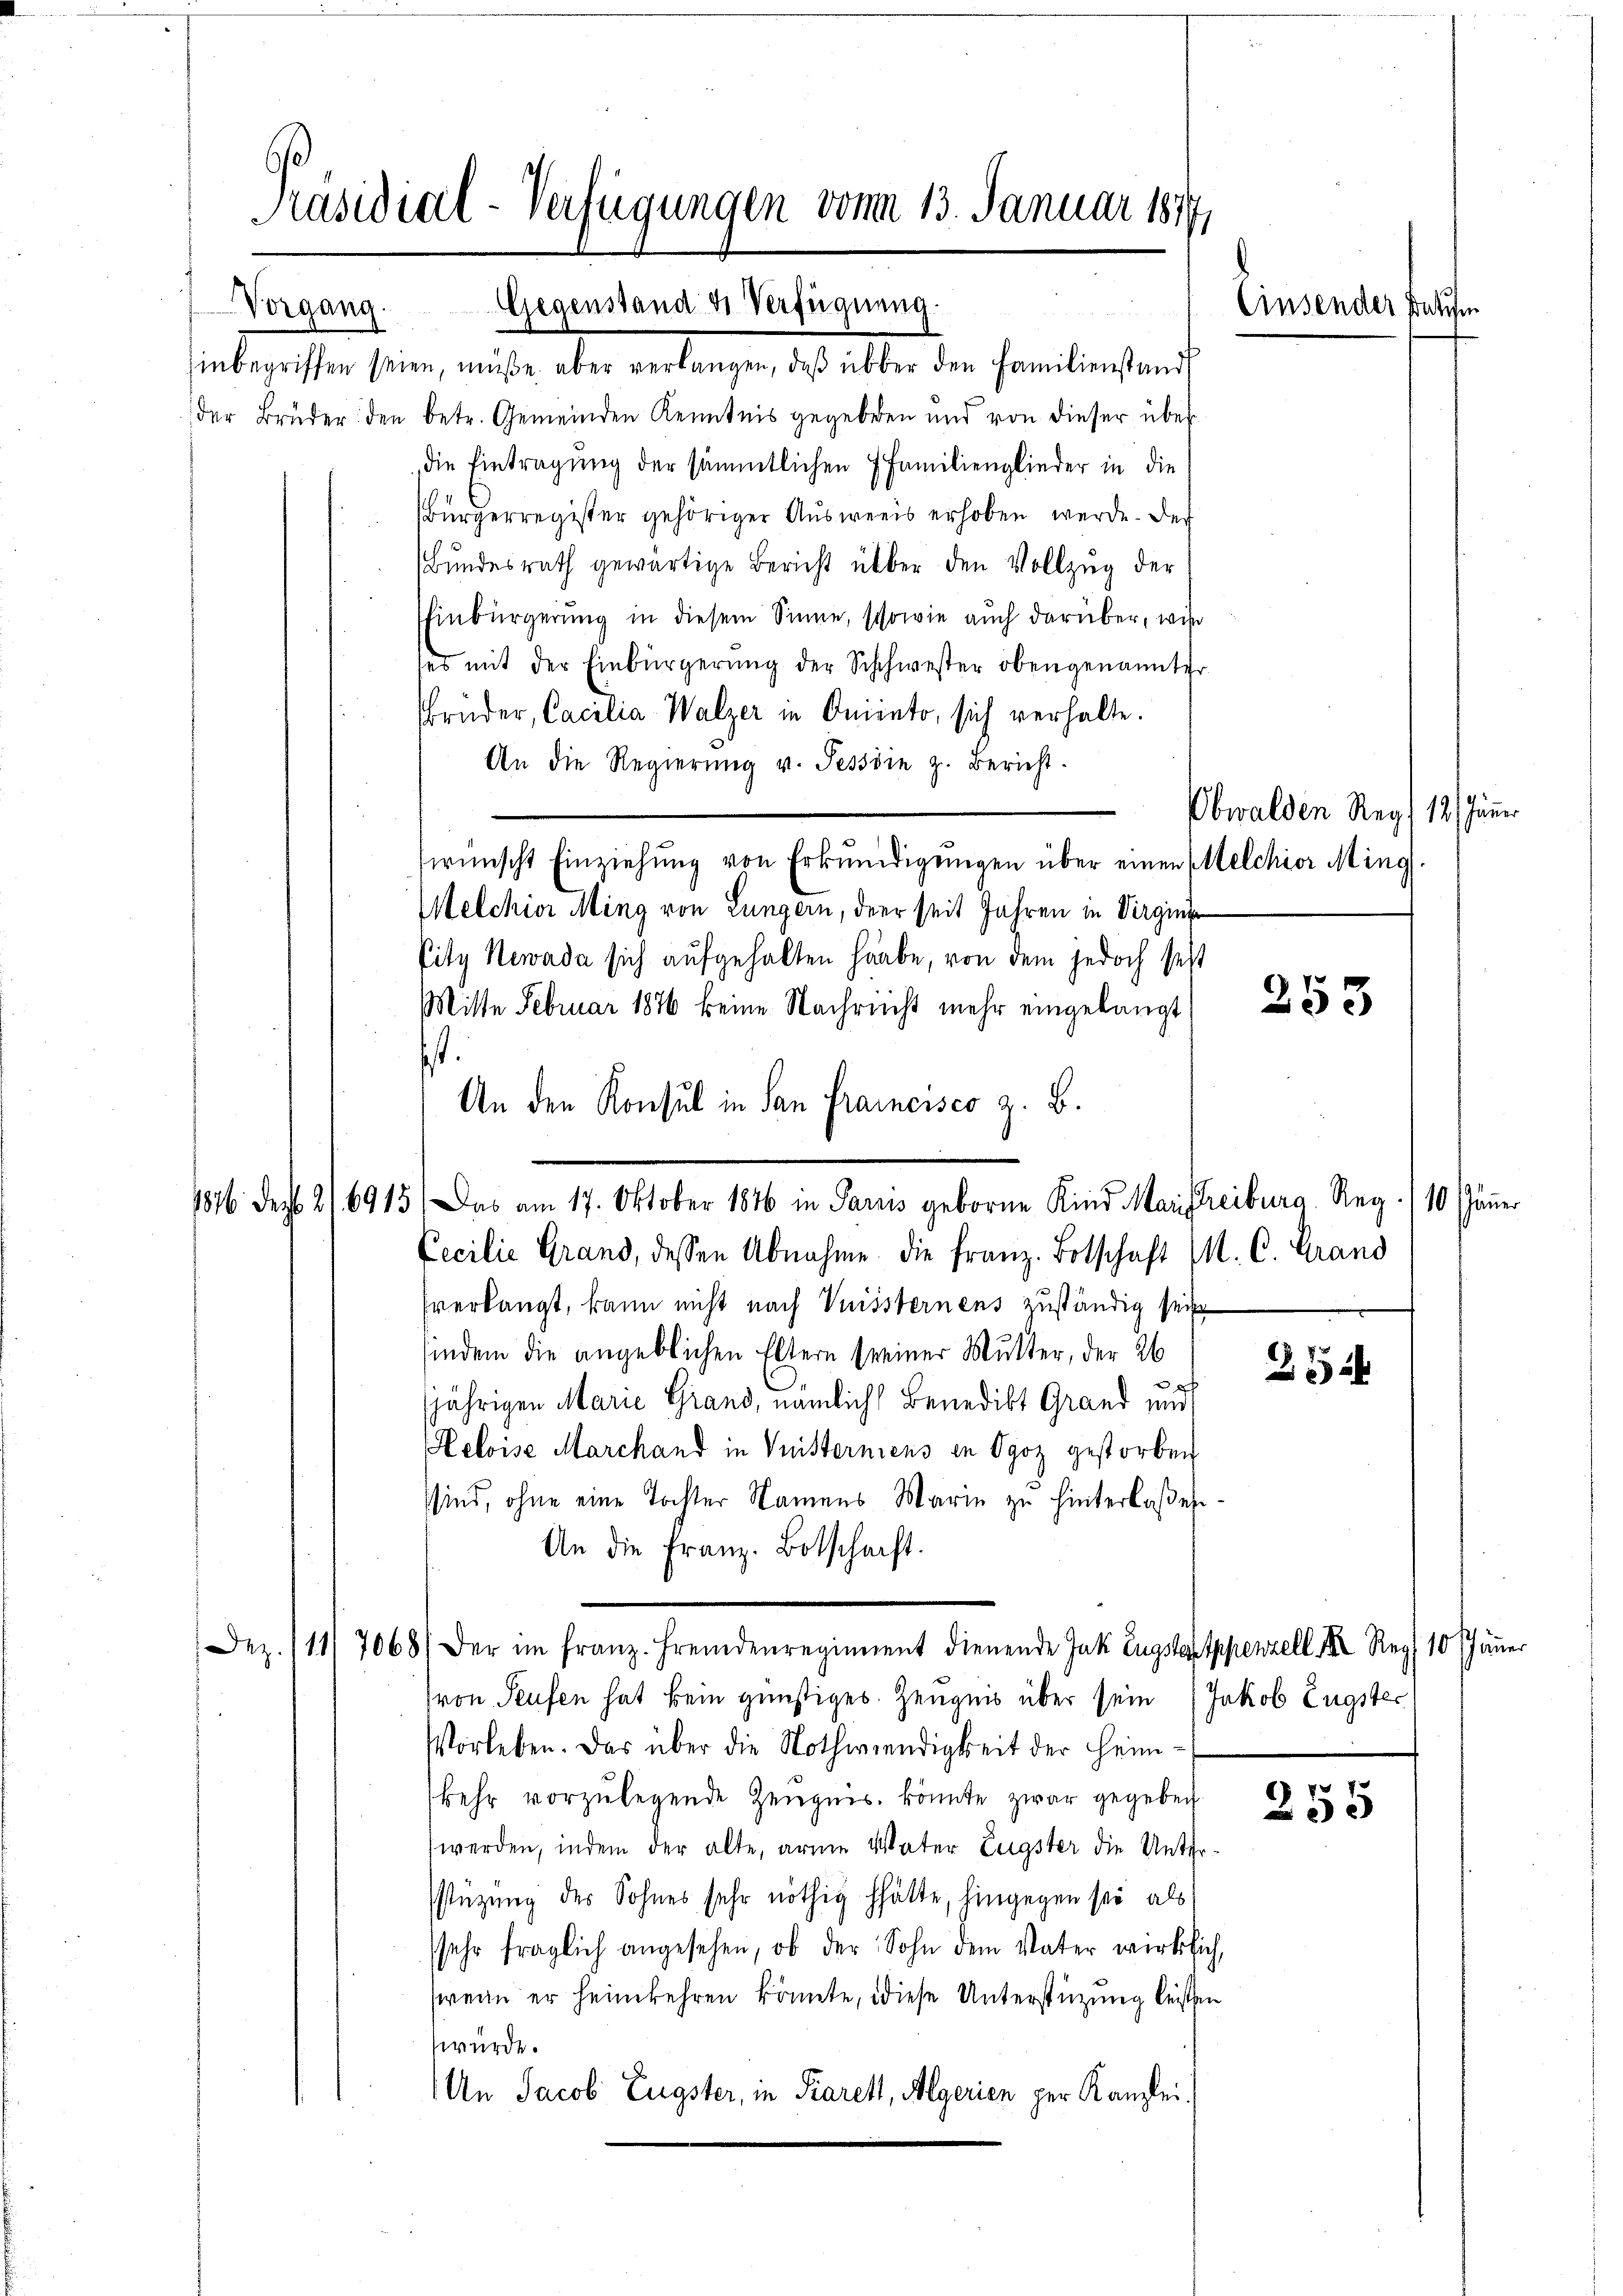
Präsidial-Verfügungen vom 13. Januar 1817
Gegenstand u. Verfügung
Vorgang.

hinbegriffen seien, müße aber verlangen, daß über den Familienstand
der Brüder den betr. Gemeinden Kenntnis gegeben und von dieser über
die Eintragung der sämmtlichen 7 Familienglieder in die
Bürgerregister gehöriger Ausweis erhoben werde. Der
Bundesrath gewärtige Bericht über den Vollzug der
Einbürgerŭng in diesem Sinne, schowie auch darüber, wie
ses mit der Einbürgerung der Schwester obengenannter
Brüder, Cacilia Walzer in Oriento, sich verhalte.
An die Regierŭng v. Tessin z. Bericht.
wünscht Einziehŭng von Erkŭndigŭngen über einen Melchior Ming.
Melchior Ming von Lungern, der seit Jahren in Virgini
Eity Newada sich aufgehalten habe, von dem jedoch seit
Mitte Februar 1846 keine Nachricht mehr eingelangt
.
sverkangt, kann nicht nach Vuissternens zuständig seine
sindem die angeblichen Eltern seiner Mutter, der 26
jährigen Marie Grand, nämlich Benedikt Grand und
Heloise Marchand in Vnisterniens in Ogoz gestorben
sind, ohne eine Tochter Namens Marie zu hinterlaßen.
An die Franz. Botschaft.
Dez. 111/7068/ der im franz. Fremdenregiment dienende Jak. Eugstaxtppenzell I. Reg 10 Jäṅer
(von Seufen hat kein günstiges Zeugnis über sein (Jakob Engster
Vorleben. Das über die Nothwendigkeit der Heim-
kehr vorzulegende Zeugnis könnte zwar gegeben
werden, indem der alte, arme Vater Eugster die Unterstüzung des Sohnes sehr nöthig hätte, hingegen sei als
sehr fraglich angesehen, ob der Sohn dem Vater wirklich,
wenn er heimkehren könnte, diese Unterstüzung leisten
würde.
An Jacob Eugster, in Parett, Algerien per Kanzlei

1816. Dec. 26915

An den Konsul in San Francisco z. B.
Das am 17. Oktober 1876 in Paris geborne Kind Maistreiburg, Reg. (10 Jänner
Cecilie Grand, dessen Abnahme die Franz. Botschaft M. C. Grand

Einsender Datum

Obwalden Rey 12/ Jänner

25

255